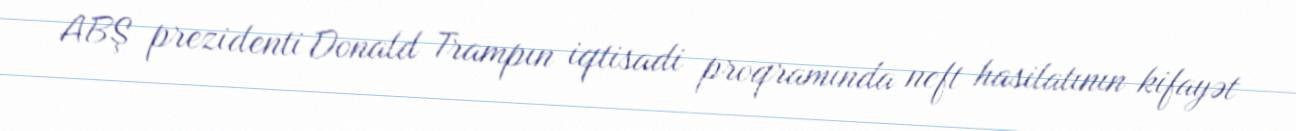
ABŞ prezidenti Donald Trampın iqtisadi proqramında neft hasilatının kifayət